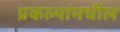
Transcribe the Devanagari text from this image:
प्रकल्पांमधील